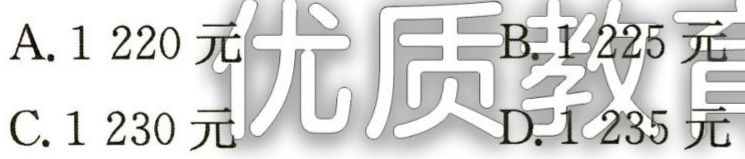
A. 1220 元

B. 1225 元

C. 1230 元

D. 1235 元